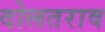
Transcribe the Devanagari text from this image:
दोलतराव